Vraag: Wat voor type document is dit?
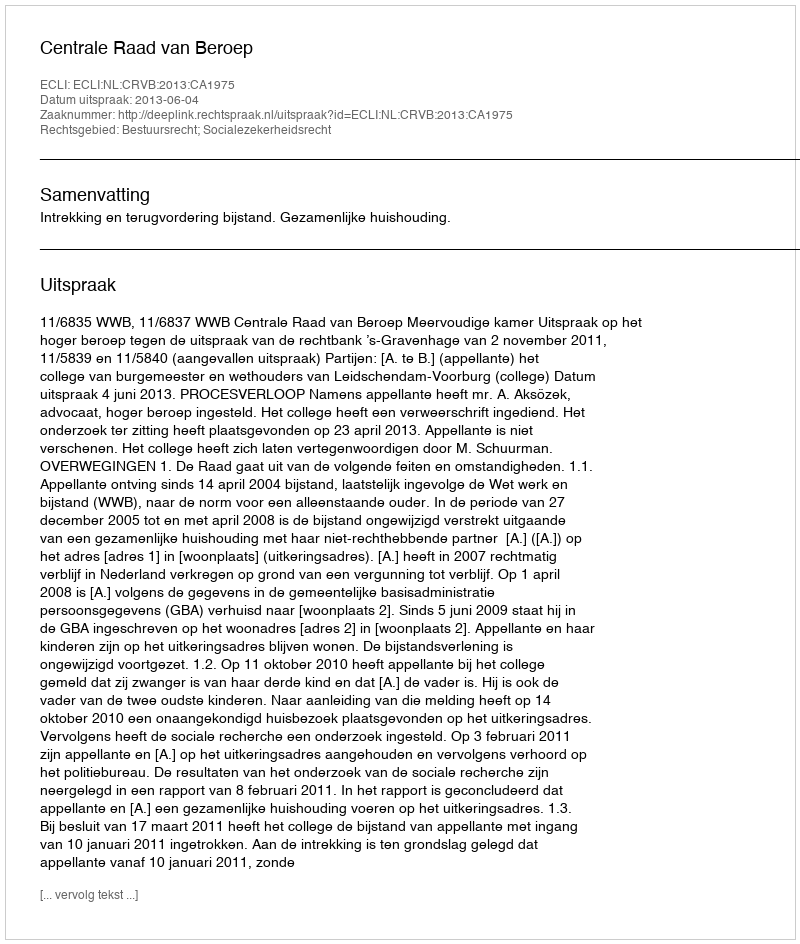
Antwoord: Uitspraak